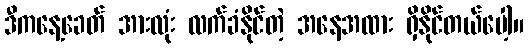
ဒီကနေ့ခေတ် အားလုံး လက်ခံနိုင်တဲ့ အနေအထား ရှိနိုင်တယ်ပေါ့။